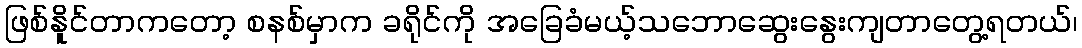
ဖြစ်နိူင်တာကတော့ စနစ်မှာက ခရိုင်ကို အခြေခံမယ့်သဘောဆွေးနွေးကျတာတွေ့ရတယ်၊